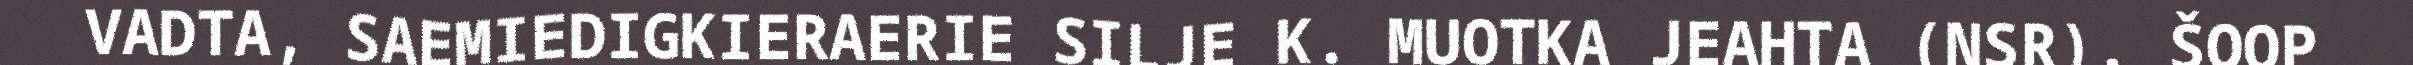
VADTA, SAEMIEDIGKIERAERIE SILJE K. MUOTKA JEAHTA (NSR). ŠOOP